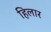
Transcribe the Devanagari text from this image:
हिलार